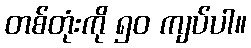
တစ်တုံးကို ၅၀ ကျပ်ပါ။